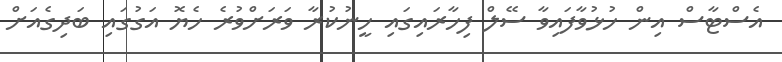
އެސްޓާސް އިން ހުޅުވާފައިވާ ސޭލް ފިހާރައިގައި ހީނުކުރާ ވަރަށްވުރެ ހެޔޮ އަގުގައި ބަދިގެއަށް